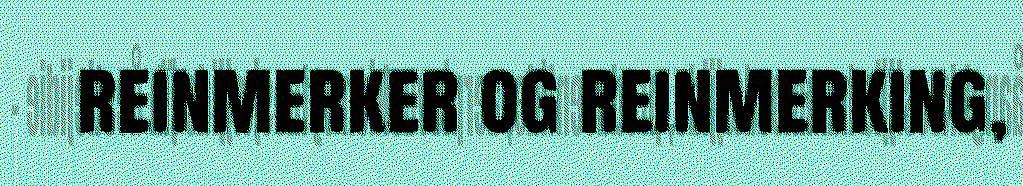
reinmerker og reinmerking,